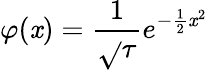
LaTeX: \varphi(\mathit{x})={\frac{{1}}{{\sqrt{}{{\tau}}}}}e^{-{\frac{{1}}{{2}}}\mathit{x}^{2}}